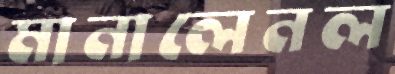
মানালেনল